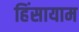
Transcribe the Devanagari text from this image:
हिंसायाम